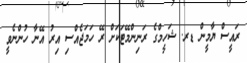
ރައީސް ޔާމީން ޑރ. ޝަހީމްގެ ރަނިންމޭޓަކަށް ރޭ ހަމަޖެއްސި އިރު އޭނާ ހުންނެވީ